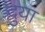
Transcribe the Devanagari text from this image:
दुया